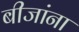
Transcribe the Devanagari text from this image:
बीजांना